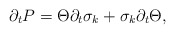
\begin{align*}\partial_{t}P=\Theta \partial_{t}\sigma_{k}+\sigma_{k}\partial_{t}\Theta,\end{align*}